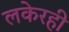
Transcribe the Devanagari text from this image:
लकेरही